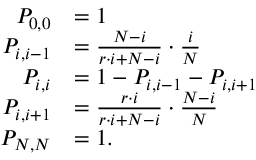
{ \begin{array} { r l } { P _ { 0 , 0 } } & { = 1 } \\ { P _ { i , i - 1 } } & { = { \frac { N - i } { r \cdot i + N - i } } \cdot { \frac { i } { N } } } \\ { P _ { i , i } } & { = 1 - P _ { i , i - 1 } - P _ { i , i + 1 } } \\ { P _ { i , i + 1 } } & { = { \frac { r \cdot i } { r \cdot i + N - i } } \cdot { \frac { N - i } { N } } } \\ { P _ { N , N } } & { = 1 . } \end{array} }